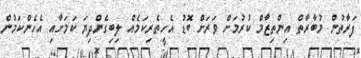
ފަރާތުން މުބާރާތް އިންތިޒާމް ކުރުމަށް ވަރަށް ބޮޑު އެހީތެރިކަމެއް ލިބިގެންދިޔަ ކަމަށާއި އެހެންކަމުން